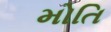
મોતિ